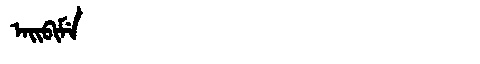
Manchu: ᠠᡳᠪᡳᠮᡝ
Romanization: AIBIME